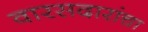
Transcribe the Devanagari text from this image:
वारसदारांचा